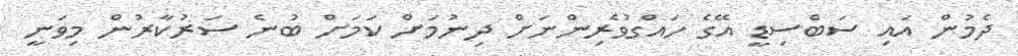
ދެމުން އައި ސަބްސިޑީ އޭގެ ހައްގުވެރިންނަށް ދިނުމަށް ކަމަށް ބުނެ ސަރުކާރުން މިވަނީ